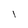
Character: l